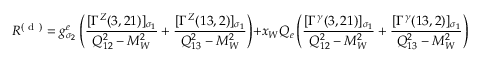
{ \cal R } ^ { ( \mathrm { ~ d ~ } ) } = g _ { \sigma _ { 2 } } ^ { e } \left( \frac { [ \Gamma ^ { Z } ( 3 , 2 1 ) ] _ { \sigma _ { 1 } } } { Q _ { 1 2 } ^ { 2 } - M _ { W } ^ { 2 } } + \frac { [ \Gamma ^ { Z } ( 1 3 , 2 ) ] _ { \sigma _ { 1 } } } { Q _ { 1 3 } ^ { 2 } - M _ { W } ^ { 2 } } \right) + x _ { W } Q _ { e } \left( \frac { [ \Gamma ^ { \gamma } ( 3 , 2 1 ) ] _ { \sigma _ { 1 } } } { Q _ { 1 2 } ^ { 2 } - M _ { W } ^ { 2 } } + \frac { [ \Gamma ^ { \gamma } ( 1 3 , 2 ) ] _ { \sigma _ { 1 } } } { Q _ { 1 3 } ^ { 2 } - M _ { W } ^ { 2 } } \right) \; .